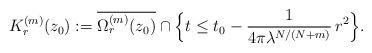
LaTeX: \begin{align*} K^{(m)}_{r}(z_0) := \overline{\Omega_{r}^{(m)}(z_0)} \cap \Big\{ t \le t_0 - \frac{1}{4 \pi \lambda^{N/(N+m)}} \,r^2 \Big\}.\end{align*}